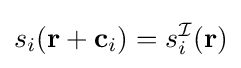
s_{i}(\mathbf {r} +\mathbf {c} _{i})=s_{i}^{\mathcal {I}}(\mathbf {r} )